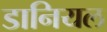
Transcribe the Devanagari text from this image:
डानियल